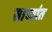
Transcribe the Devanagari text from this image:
साच्यांत